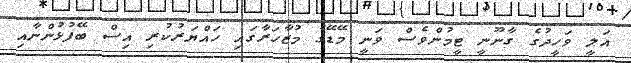
އަލީ ވަހީދުގެ ގާނޫނީ ޓީމުންވެސް ވަނީ މޭޑޭގެ މުޒާހަރާގައި ހައްޔަރުކުރި އިސް ބޭފުޅުންނާއި